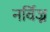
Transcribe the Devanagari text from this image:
नर्विज्न